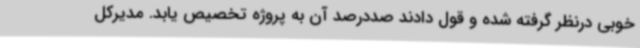
خوبی درنظر گرفته شده و قول دادند صددرصد آن به پروژه تخصیص یابد. مدیرکل